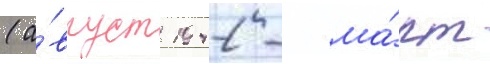
(а́вгуст 1942 - ма́рт